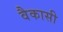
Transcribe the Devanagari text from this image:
वैकासी